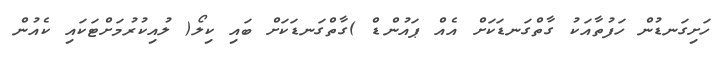
ހަށިގަނޑުން ހަފުތާއަކު ގާތްގަނޑަކަށް އެއް ޕައުންޑް )ގާތްގަނޑަކަށް ބައި ކިލޯ( ލުއިކުރުމަށްޓަކައި ކެއުން